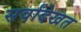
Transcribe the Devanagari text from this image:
सर्वांदेखत